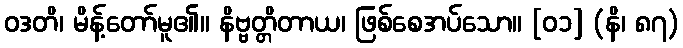
ဝဒတိ၊ မိန့်တော်မူ၏။ နိဗ္ဗတ္တိတာယ၊ ဖြစ်စေအပ်သော။ [၀၁] (နိ၊ ၈၇)